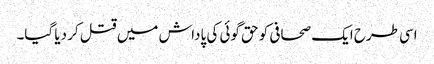
اسی طرح ایک صحافی کو حق گوئی کی پاداش میں قتل کر دیا گیا۔